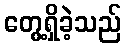
တွေ့ရှိခဲ့သည်